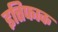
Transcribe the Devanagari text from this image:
इत्तिफाक